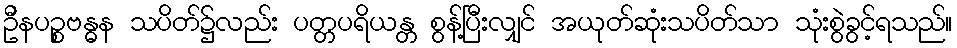
ဦနပဉ္စဗန္ဓန သပိတ်၌လည်း ပတ္တပရိယန္တ စွန့်ပြီးလျှင် အယုတ်ဆုံးသပိတ်သာ သုံးစွဲခွင့်ရသည်။